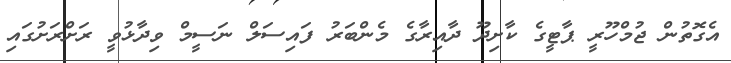
އެގޮތުން ޖުމްހޫރީ ޕާޓީގެ ކާށިދޫ ދާއިރާގެ މެންބަރު ފައިސަލް ނަސީމް ވިދާޅުވީ ރަށްރަށުގައި